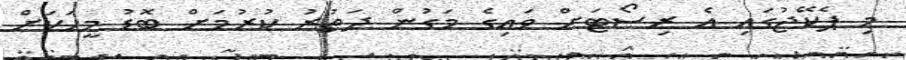
މި ޕެކޭޖުގައި އެ ރިސޯޓަށް ވައިގެ މަގުން ދަތުރު ކުރުމަށް ބޮޑު މީހަކަށް